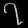
Digit: ၇